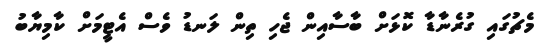
މެޗުގައި ގުރެނާޑާ ކޮޅަށް ބާސާއިން ޖެހި ތިން ލަނޑު ވެސް އެޓީމަށް ކާމިޔާބު